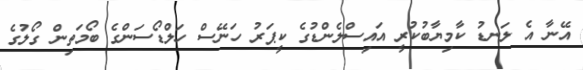
އޭނާ އެ ލަނޑު ކާމިޔާބުކުރީ އައިސްލެންޑުގެ ކީޕަރު ހަނޭސް ހަލްޑޯސަންގެ ބޯމަތިން ގޯލުގެ